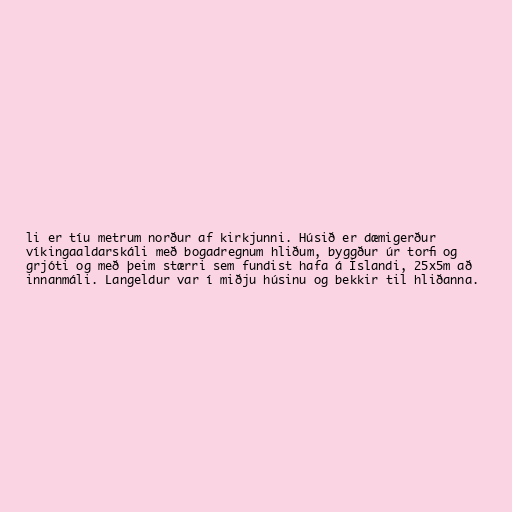
li er tíu metrum norður af kirkjunni. Húsið er dæmigerður
víkingaaldarskáli með bogadregnum hliðum, byggður úr torfi og
grjóti og með þeim stærri sem fundist hafa á Íslandi, 25x5m að
innanmáli. Langeldur var í miðju húsinu og bekkir til hliðanna.